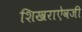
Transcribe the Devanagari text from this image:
शिखराऐवजी